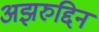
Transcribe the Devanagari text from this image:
अझरुद्दिन